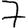
Digit: 7